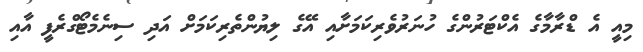
މިއީ އެ ޑްރާމާގެ އެކްޓަރުންގެ ހުނަރުވެރިކަމަށާއި އޭގެ ލިޔުންތެރިކަމަށް އަދި ސިނެމެޓޯގްރެފީ އާއި